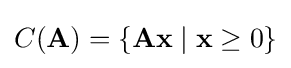
C(\mathbf {A} )=\{\mathbf {A} \mathbf {x} \mid \mathbf {x} \geq 0\}